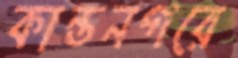
কান্তনগরে